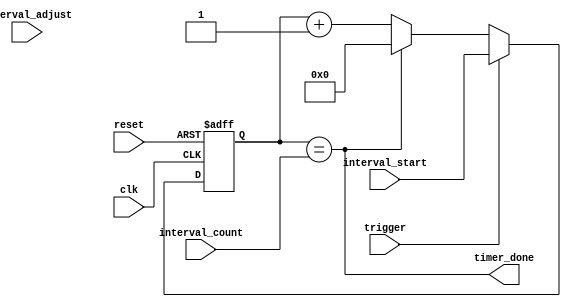
module IntervalTimer (
    input wire clk,
    input wire reset,
    input wire trigger,
    input wire [31:0] interval_count,
    input wire [31:0] interval_start,
    input wire [31:0] interval_adjust,
    output wire timer_done
);

reg [31:0] count;

always @(posedge clk or posedge reset) begin
    if (reset) begin
        count <= 0;
    end else begin
        if (trigger) begin
            count <= interval_start;
        end else begin
            if (count == interval_count) begin
                count <= 0;
            end else begin
                count <= count + 1;
            end
        end
    end
end

assign timer_done = (count == interval_count);

endmodule